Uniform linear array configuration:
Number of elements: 24
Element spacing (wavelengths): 0.25
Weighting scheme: binomial
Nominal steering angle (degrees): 45
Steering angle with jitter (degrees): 46.821
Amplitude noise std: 0.05
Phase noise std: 0.05

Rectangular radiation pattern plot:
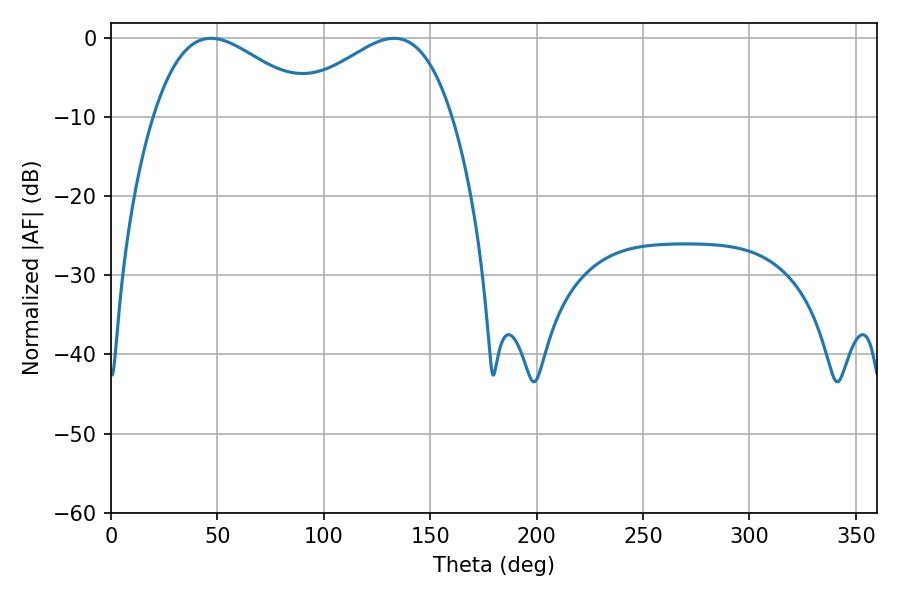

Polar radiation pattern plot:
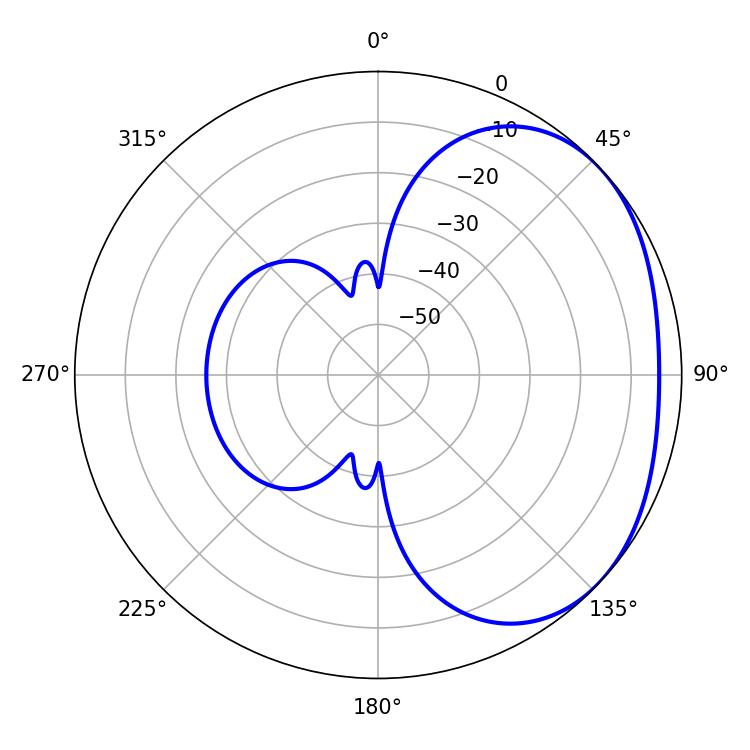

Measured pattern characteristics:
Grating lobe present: FALSE
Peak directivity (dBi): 2.348
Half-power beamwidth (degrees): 41.22
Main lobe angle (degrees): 46.98